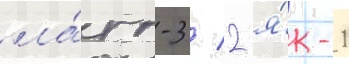
ла́гг-3 / 2 я́к-1